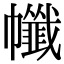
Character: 㡨